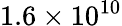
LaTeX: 1.6\times 10^{10}